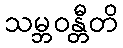
သမ္ဘဝန္တီတိ